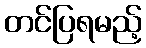
တင်ပြရမည့်